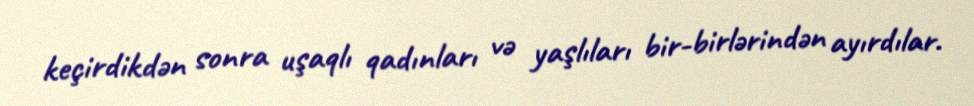
keçirdikdən sonra uşaqlı qadınları və yaşlıları bir-birlərindən ayırdılar.